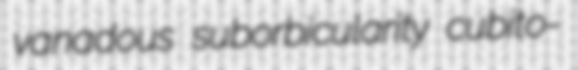
vanadous suborbicularity cubito-